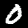
Digit: 0